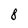
Character: 8